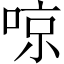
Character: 𠶛